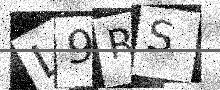
Text: L9RS